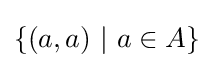
\{(a,a)\ |\ a\in A\}